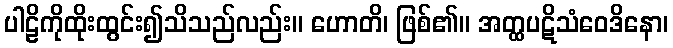
ပါဠိကိုထိုးထွင်း၍သိသည်လည်း။ ဟောတိ၊ ဖြစ်၏။ အတ္ထပဋိသံဝေဒိနော၊